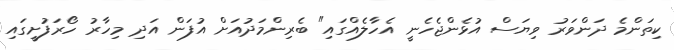
ކިތަންމެ ދަންވަރު ވިޔަސް އުޅެންޖެހެނީ އެހާލެއްގައި" ބެރިންމަދުއަށް އުފަން އަދި މިހާރު ހޯރަފުށީގައި